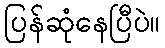
ပြန်ဆုံနေပြီပဲ။